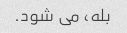
بله، می شود.